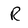
Character: R